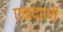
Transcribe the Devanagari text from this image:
एकदाणी